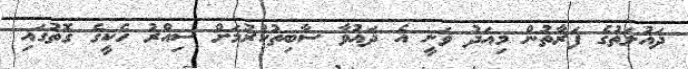
ދައުލަތުގެ ފަރާތުން މިއަދު ވަނީ އެ ދައުވާ ސާބިތުކުރުމަށް ސިއްރު ހެކީގެ ގޮތުގައި